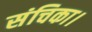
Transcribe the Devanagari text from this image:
संचिका।